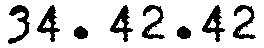
34. 42.42